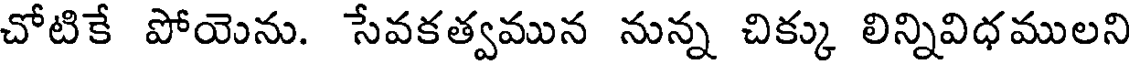
చోటికే పోయెను. సేవకత్వమున నున్న చిక్కు లిన్నివిధములని